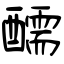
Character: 醹